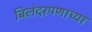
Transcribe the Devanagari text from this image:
बिलंदरपणाच्या